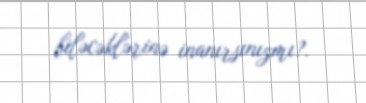
biləcəklərinə inanırsınızmı?.